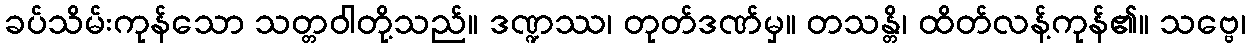
ခပ်သိမ်းကုန်သော သတ္တဝါတို့သည်။ ဒဏ္ဍဿ၊ တုတ်ဒဏ်မှ။ တသန္တိ၊ ထိတ်လန့်ကုန်၏။ သဗ္ဗေ၊